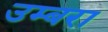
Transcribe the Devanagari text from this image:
उम्बरा